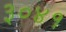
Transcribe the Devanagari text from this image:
३०४१